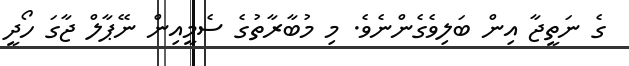
ގެ ނަތީޖާ އިން ބަލިވެގެންނެވެ. މި މުބާރާތުގެ ސެމީއިން ނޭޕާލް ޖާގަ ހޯދީ